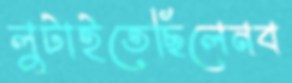
লুটাইতেছিলেনব